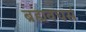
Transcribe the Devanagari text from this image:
ब्रह्मवचर्स